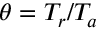
\theta = T _ { r } / T _ { a }